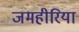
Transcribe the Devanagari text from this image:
जमहीरिया